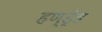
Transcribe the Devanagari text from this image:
हण्ड्रेड